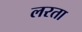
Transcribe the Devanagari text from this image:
लरता